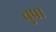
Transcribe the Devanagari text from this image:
चुप्रा